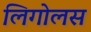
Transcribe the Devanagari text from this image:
लिगोलस